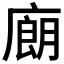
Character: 𰐁